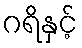
ဂရိနှင့်